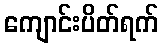
ကျောင်းပိတ်ရက်